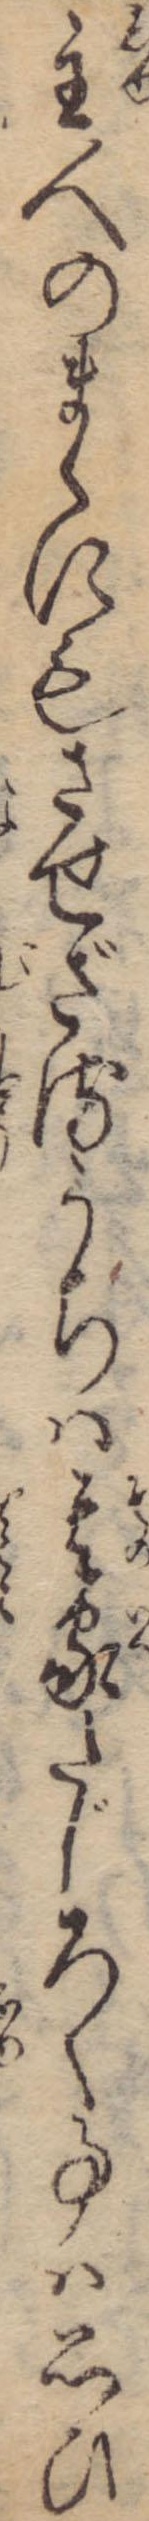
主人のまゝにもさせざるうちは其家たじろく事は思ひ